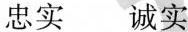
忠实诚实